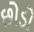
છોડો